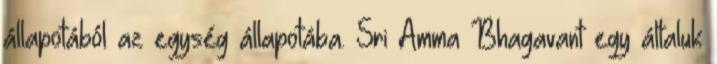
állapotából az egység állapotába. Sri Amma Bhagavant egy általuk